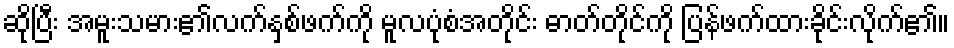
ဆိုပြီး အမူးသမား၏လက်နှစ်ဖက်ကို မူလပုံစံအတိုင်း ဓာတ်တိုင်ကို ပြန်ဖက်ထားခိုင်းလိုက်၏။